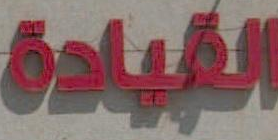
القيادة